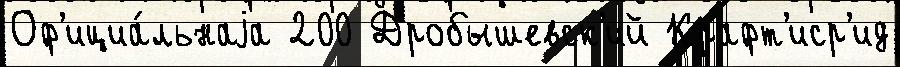
Оф'ициа́льнаjа 200 Дробышевск'ий Крафт'иср'ид